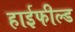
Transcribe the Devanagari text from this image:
हाईफील्ड